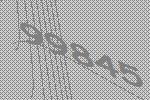
99845